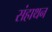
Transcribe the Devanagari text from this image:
संहाथन